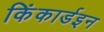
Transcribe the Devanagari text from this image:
किंकार्डइन